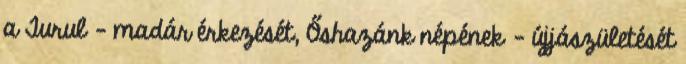
a Turul – madár érkezését, Őshazánk népének – újjászületését